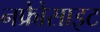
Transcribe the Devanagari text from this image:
नफ्रेोसाइट